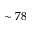
\sim 7 8